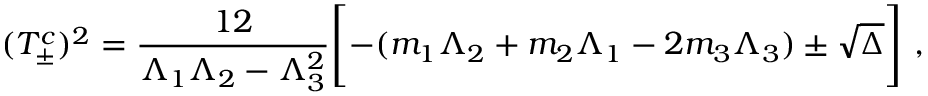
( T _ { \pm } ^ { c } ) ^ { 2 } = \frac { 1 2 } { \Lambda _ { 1 } \Lambda _ { 2 } - \Lambda _ { 3 } ^ { 2 } } \Biggl [ - ( m _ { 1 } \Lambda _ { 2 } + m _ { 2 } \Lambda _ { 1 } - 2 m _ { 3 } \Lambda _ { 3 } ) \pm \sqrt { \Delta } \Biggr ] ~ ,